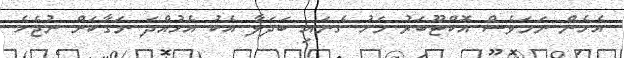
އެހެން ނަމަވެސް އޮކްޓޫބަރު މަހު ގެނައި ބަދަލާ އެކު އެހުއްދަ ނަގާކަށް ނުޖެހެ